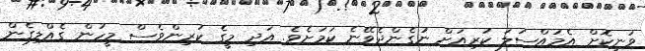
ވަނިކޮށް އެމައްސަލަ ކުރިއަށް ނުގެންދެވޭނެ ކަމަށެވެ. އަދި މީގެ ކުރިންވެސް މީހުން ގެއްލިގެން